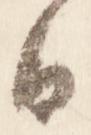
日